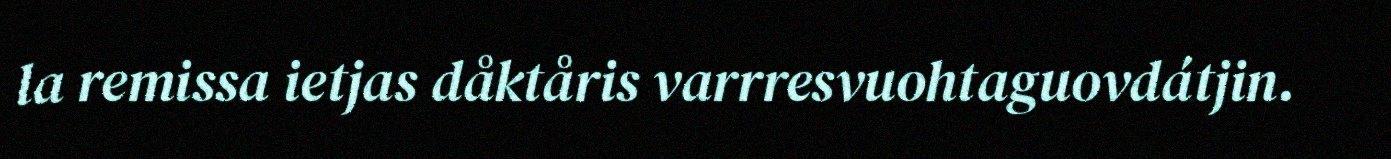
la remissa ietjas dåktåris varrresvuohtaguovdátjin.